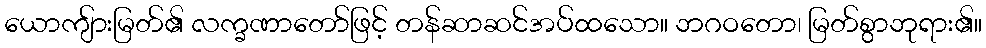
ယောကျ်ားမြတ်၏ လက္ခဏာတော်ဖြင့် တန်ဆာဆင်အပ်ထသော။ ဘဂဝတော၊ မြတ်စွာဘုရား၏။